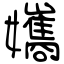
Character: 孈